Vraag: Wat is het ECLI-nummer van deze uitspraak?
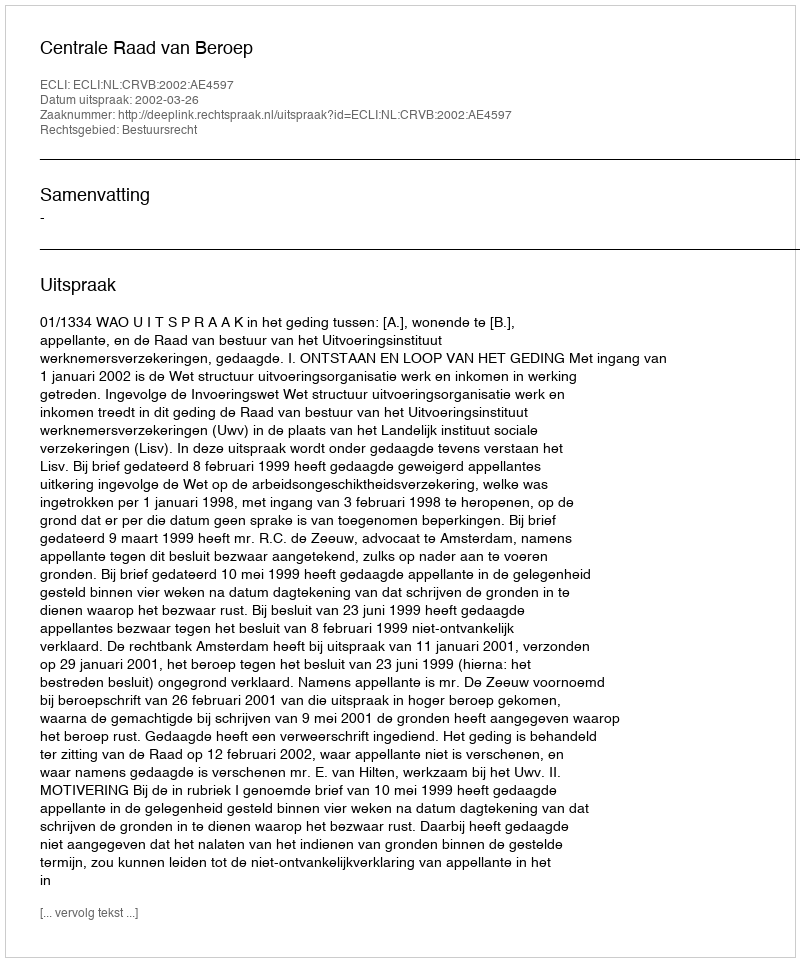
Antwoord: ECLI:NL:CRVB:2002:AE4597